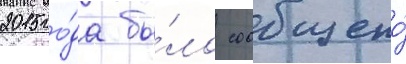
2015 го́да бы́ло сообщено́